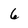
Character: 6